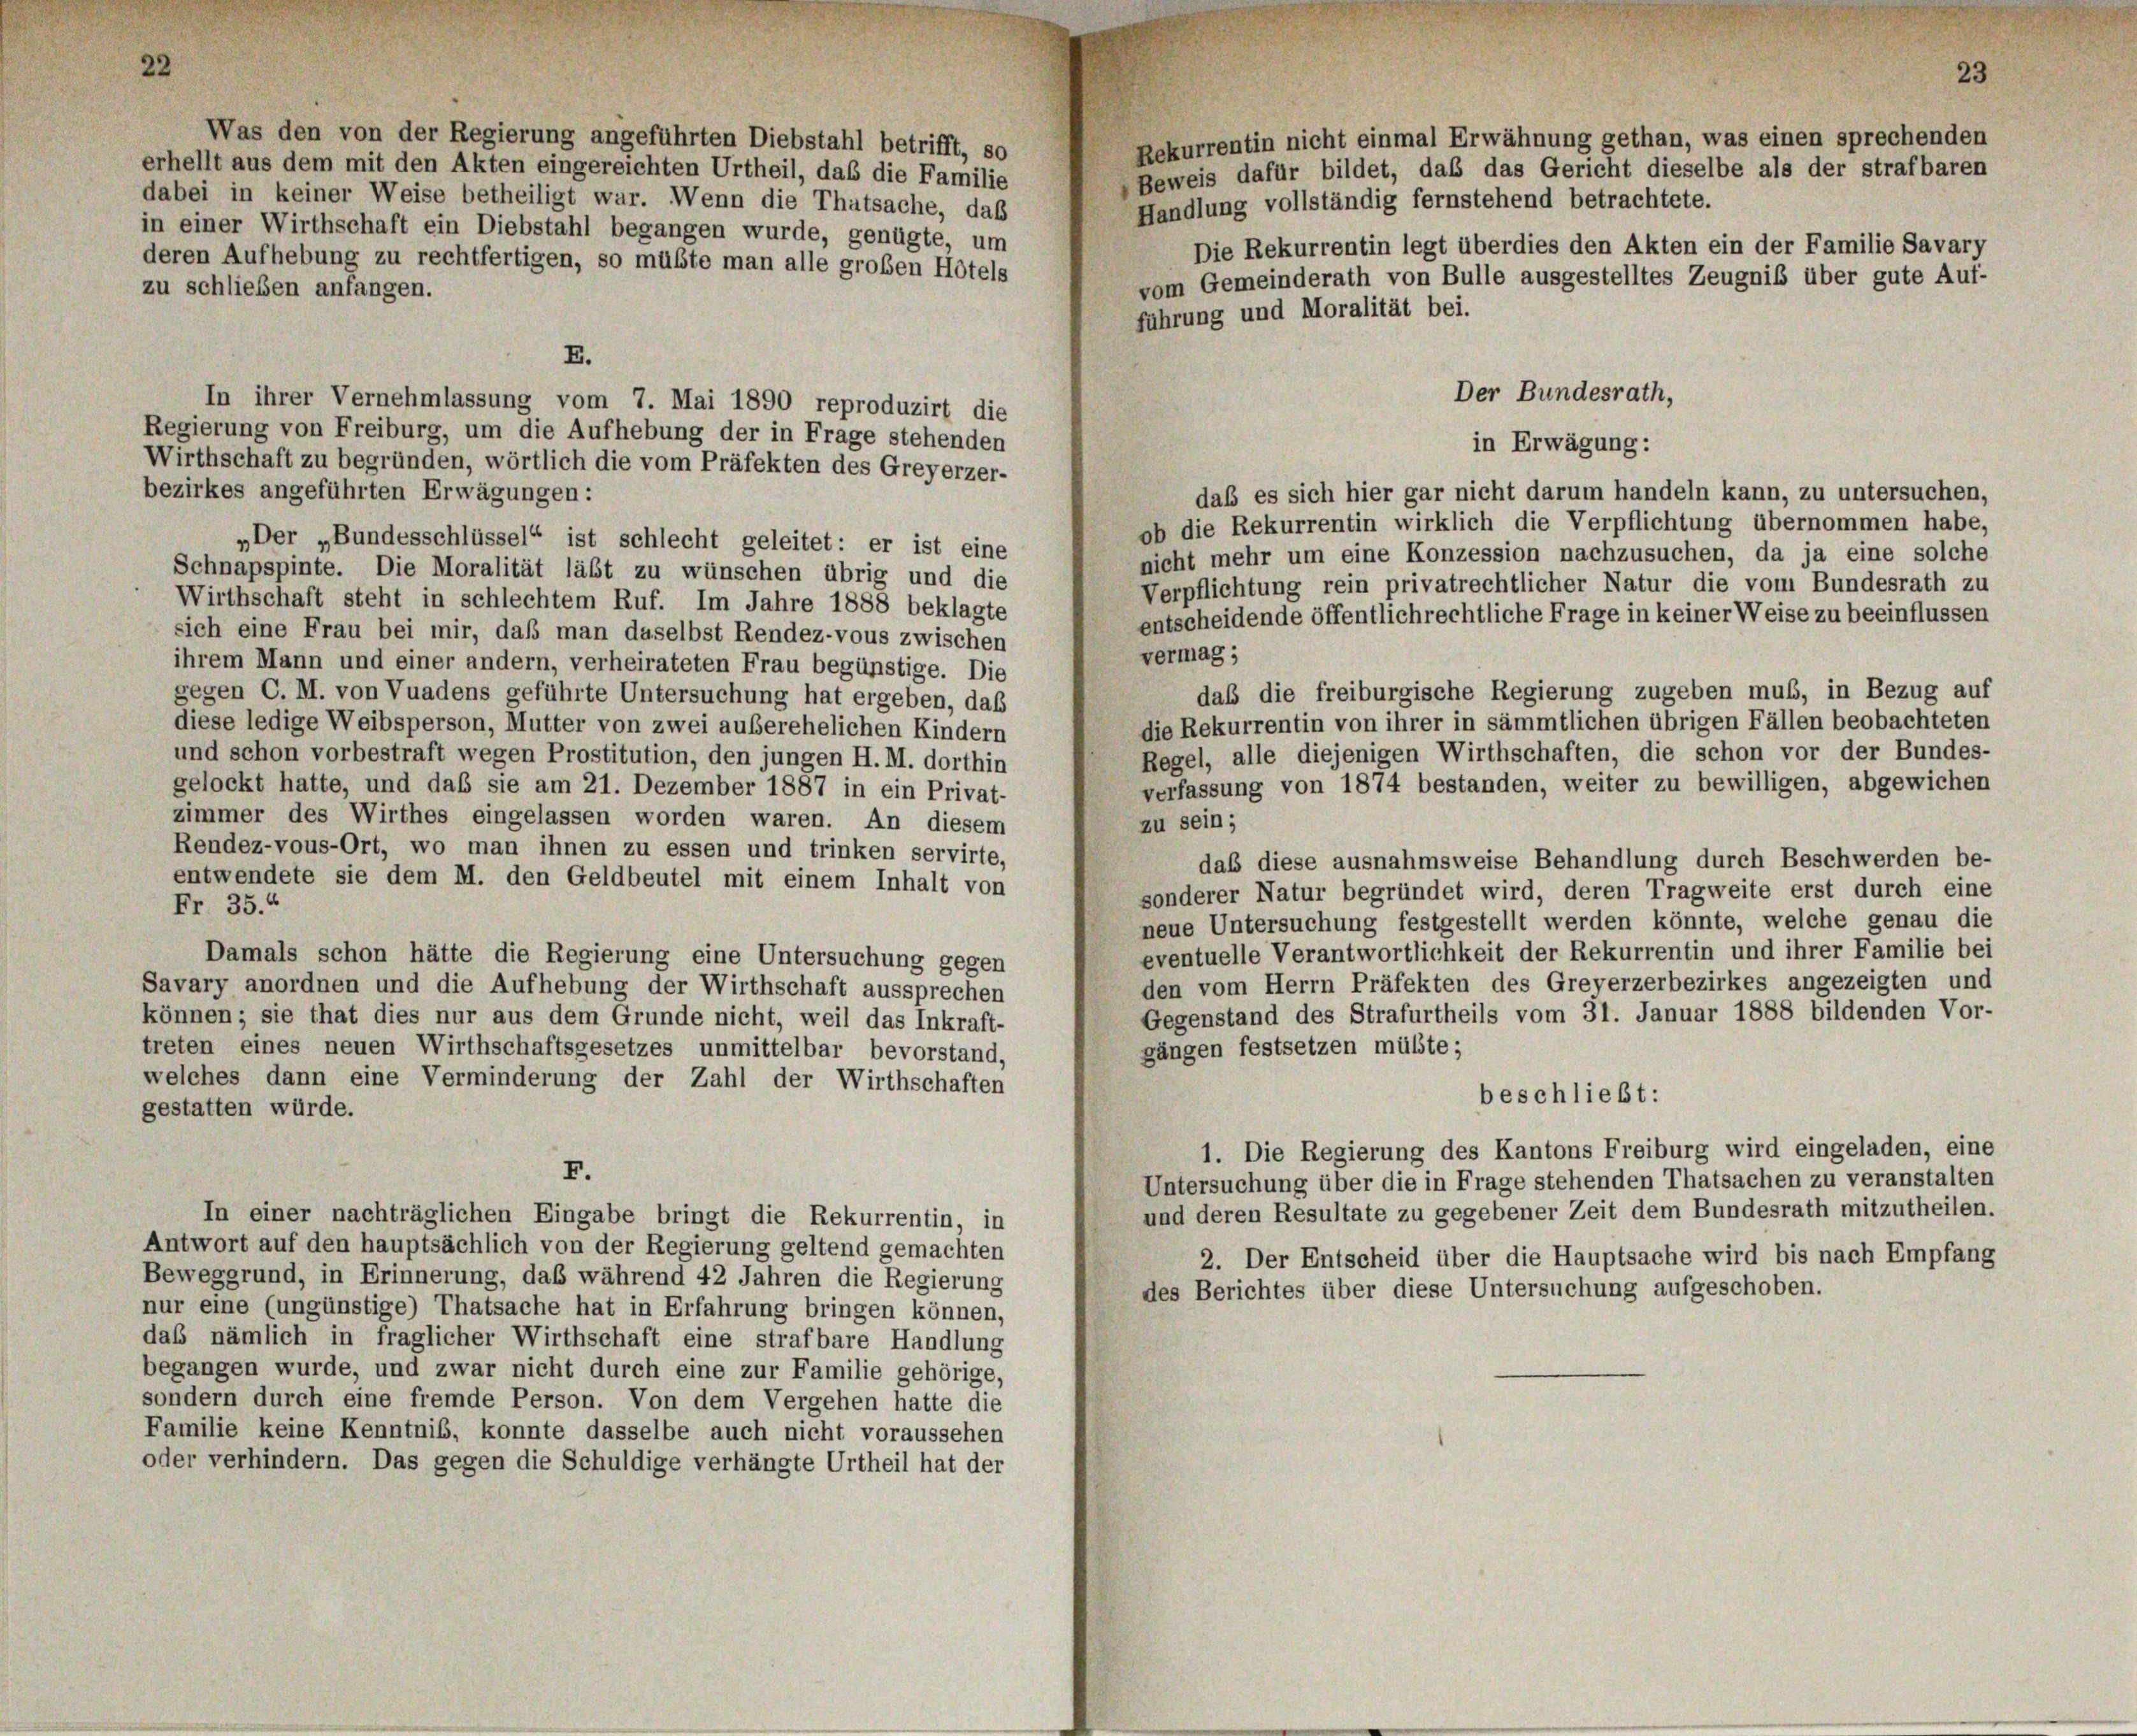
Was den von der Regierung angeführten Diebstahl betrifft, so
erhellt aus dem mit den Akten eingereichten Urtheil, daß die Familie
dabei in keiner Weise betheiligt war. Wenn die Thatsache, daß
in einer Wirthschaft ein Diebstahl begangen wurde, genügte, um
deren Aufhebung zu rechtfertigen, so müßte man alle großen Hotels
zu schließen anfangen.
E.
Der Bundesrath,
In ihrer Vernehmlassung vom 7. Mai 1890 reproduzirt die
Regierung von Freiburg, um die Aufhebung der in Frage stehenden
in Erwägung:
Wirthschaft zu begründen, wörtlich die vom Präfekten des Greyerzer-
bezirkes angeführten Erwägungen:
daß es sich hier gar nicht darum handeln kann, zu untersuchen,
ob die Rekurrentin wirklich die Verpflichtung übernommen habe,
„Der „Bundesschlüssel“ ist schlecht geleitet: er ist eine
nicht mehr um eine Konzession nachzusuchen, da ja eine solche
Schnapspinte. Die Moralität läßt zu wünschen übrig und die
Verpflichtung rein privatrechtlicher Natur die vom Bundesrath zu
Wirthschaft steht in schlechtem Ruf. Im Jahre 1888 beklagte
entscheidende öffentlichrechtliche Frage in keiner Weise zu beeinflussen
sich eine Frau bei mir, daß man daselbst Rendez-vous zwischen
vermag;
ihrem Mann und einer andern, verheirateten Frau begünstige. Die
daß die freiburgische Regierung zugeben muß, in Bezug auf
gegen C. M. von Vuadens geführte Untersuchung hat ergeben, daß
die Rekurrentin von ihrer in sämmtlichen übrigen Fällen beobachteten
diese ledige Weibsperson, Mutter von zwei außerehelichen Kindern
Regel, alle diejenigen Wirthschaften, die schon vor der Bundes-
und schon vorbestraft wegen Prostitution, den jungen H. M. dorthin
verfassung von 1874 bestanden, weiter zu bewilligen, abgewichen
gelockt hatte, und daß sie am 21. Dezember 1887 in ein Privat-
zimmer des Wirthes eingelassen worden waren. An diesem
zu sein;
Rendez-vous-Ort, wo man ihnen zu essen und trinken servirte,
daß diese ausnahmsweise Behandlung durch Beschwerden be-
entwendete sie dem M. den Geldbeutel mit einem Inhalt von
sonderer Natur begründet wird, deren Tragweite erst durch eine
Fr. 35.“
neue Untersuchung festgestellt werden könnte, welche genau die
eventuelle Verantwortlichkeit der Rekurrentin und ihrer Familie bei
Damals schon hätte die Regierung eine Untersuchung gegen
den vom Herrn Präfekten des Greyerzerbezirkes angezeigten und
Savary anordnen und die Aufhebung der Wirthschaft aussprechen
Gegenstand des Strafurtheils vom 31. Januar 1888 bildenden Vor-
können; sie that dies nur aus dem Grunde nicht, weil das Inkraft-
gängen festsetzen müßte;
treten eines neuen Wirthschaftsgesetzes unmittelbar bevorstand,
welches dann eine Verminderung der Zahl der Wirthschaften
beschließt:
gestatten würde.
1. Die Regierung des Kantons Freiburg wird eingeladen, eine
F.
Untersuchung über die in Frage stehenden Thatsachen zu veranstalten
und deren Resultate zu gegebener Zeit dem Bundesrath mitzutheilen.
In einer nachträglichen Eingabe bringt die Rekurrentin, in
Antwort auf den hauptsächlich von der Regierung geltend gemachten
2. Der Entscheid über die Hauptsache wird bis nach Empfang
Beweggrund, in Erinnerung, daß während 42 Jahren die Regierung
des Berichtes über diese Untersuchung aufgeschoben.
nur eine (ungünstige) Thatsache hat in Erfahrung bringen können,
daß nämlich in fraglicher Wirthschaft eine strafbare Handlung
begangen wurde, und zwar nicht durch eine zur Familie gehörige,
sondern durch eine fremde Person. Von dem Vergehen hatte die
Familie keine Kenntnis, konnte dasselbe auch nicht voraussehen
oder verhindern. Das gegen die Schuldige verhängte Urtheil hat der

Rekurrentin nicht einmal Erwähnung gethan, was einen sprechenden
Beweis dafür bildet, das das Gericht dieselbe als der strafbaren
Handlung vollständig fernstehend betrachtete.
Die Rekurrentin legt überdies den Akten ein der Familie Savary
vom Gemeinderath von Bulle ausgestelltes Zeugniß über gute Auf-
führung und Moralität bei.